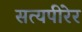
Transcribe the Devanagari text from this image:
सत्यपीरेर